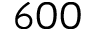
6 0 0